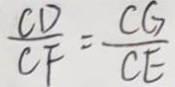
\frac { C D } { C F } = \frac { C G } { C E }